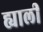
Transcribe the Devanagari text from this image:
ह्याली